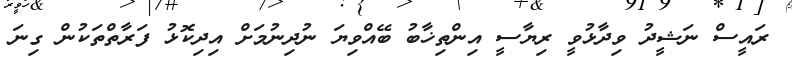
ރައީސް ނަޝީދު ވިދާޅުވީ ރިޔާސީ އިންތިޚާބު ބޭއްވިޔަ ނުދިނުމަށް އިދިކޮޅު ފަރާތްތަކުން ގިނަ